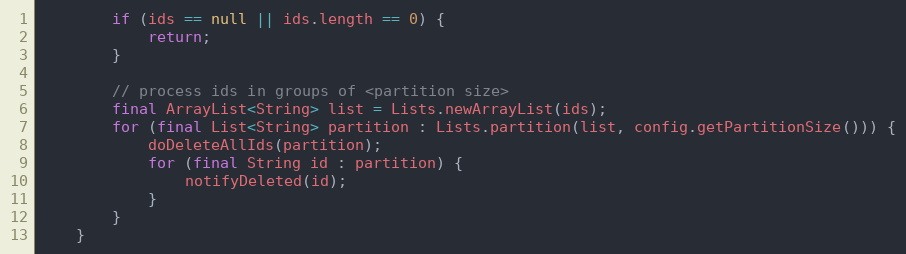
Language: Java
        if (ids == null || ids.length == 0) {
            return;
        }

        // process ids in groups of <partition size>
        final ArrayList<String> list = Lists.newArrayList(ids);
        for (final List<String> partition : Lists.partition(list, config.getPartitionSize())) {
            doDeleteAllIds(partition);
            for (final String id : partition) {
                notifyDeleted(id);
            }
        }
    }